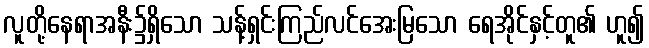
လူတို့နေရာအနီး၌ရှိသော သန့်ရှင်းကြည်လင်အေးမြသော ရေအိုင်နှင့်တူ၏ ဟူ၍